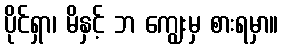
ပိုင်ရှာ၊ မိနှင့် ဘ ကျွေးမှ စားရမှာ။